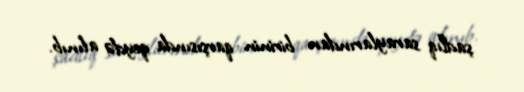
şadlıq saraylarından birinin qarşısında qeydə alınıb.